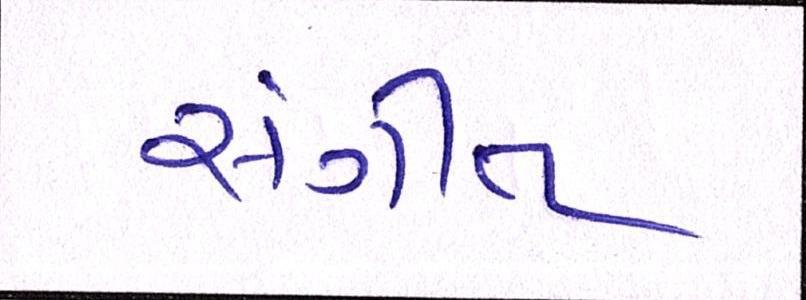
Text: સંગીત